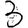
Digit: 3